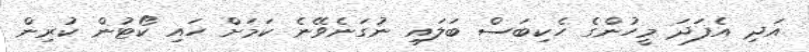
އަދި އެފަދަ މީހުންގެ ހެކިބަސް ބަލައި ނުގަނެވޭނެ ކަމަށް ހައި ކޯޓުން ކުރިން